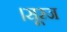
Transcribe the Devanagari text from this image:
।सूरज